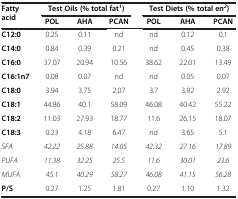
| <ROWSPAN=2> Fatty acid | <COLSPAN=3> Test Oils (% total fat1) | <COLSPAN=3> Test Diets (% total en2) |
 | POL | AHA | PCAN | POL | AHA | PCAN |
 | --- | --- | --- | --- | --- | --- | --- |
 | C12:0 | 0.25 | 0.11 | nd | nd | 0.12 | 0.1 |
 | C14:0 | 0.84 | 0.39 | 0.21 | nd | 0.45 | 0.38 |
 | C16:0 | 37.07 | 20.94 | 10.56 | 38.62 | 22.01 | 13.49 |
 | C16:1n7 | 0.08 | 0.07 | nd | nd | 0.05 | 0.07 |
 | C18:0 | 3.94 | 3.75 | 2.07 | 3.7 | 3.92 | 2.92 |
 | C18:1 | 44.86 | 40.1 | 58.09 | 46.08 | 40.42 | 55.22 |
 | C18:2 | 11.03 | 27.93 | 18.77 | 11.6 | 26.15 | 18.07 |
 | C18:3 | 0.23 | 4.18 | 6.47 | nd | 3.65 | 5.1 |
 | SFA | 42.22 | 25.88 | 14.05 | 42.32 | 27.16 | 17.89 |
 | PUFA | 11.38 | 32.25 | 25.5 | 11.6 | 30.01 | 23.6 |
 | MUFA | 45.1 | 40.29 | 58.27 | 46.08 | 41.15 | 56.28 |
 | P/S | 0.27 | 1.25 | 1.81 | 0.27 | 1.10 | 1.32 |